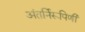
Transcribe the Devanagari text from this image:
अंतर्निरूपिणी